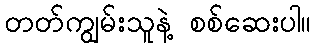
တတ်ကျွမ်းသူနဲ့ စစ်ဆေးပါ။